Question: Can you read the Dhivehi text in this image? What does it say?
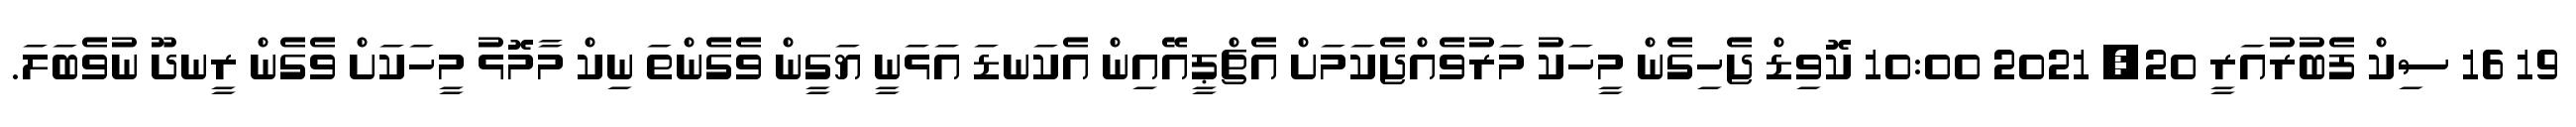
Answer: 19 16 ސިކް ފެބުރުއަރީ 20, 2021 10:00 ކޮވިޑް ޖެހިގެން މީހަކު މަރުވެއްޖެކަމަށް އެޗްޕީއޭއިން އެކަނޑަ އަޅަނީ ޔަގީން ވެގެންތަ ނިކް މާމޮޅު މީހަކަށް ވެގެން ރީނދޫ ނުވެބަލަ.